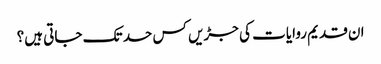
ان قدیم روایات کی جڑیں کس حد تک جاتی ہیں؟